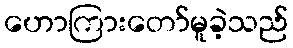
ဟောကြားတော်မူခဲ့သည်